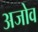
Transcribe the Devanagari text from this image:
अजोव